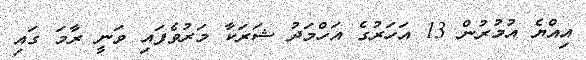
އިއްޔެ އުމުރުން 13 އަހަރުގެ އަހްމަދު ޝަރަކާ މަރުވެފައި ވަނީ ރާމަ ގައި